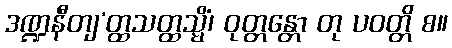
ဒဏ္ဍနီတျ’တ္ထသတ္ထသ္မိံ၊ ဝုတ္တန္တော တု ပဝတ္တိ စ။